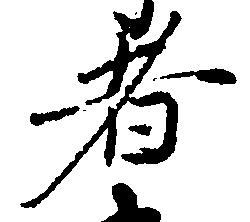
者